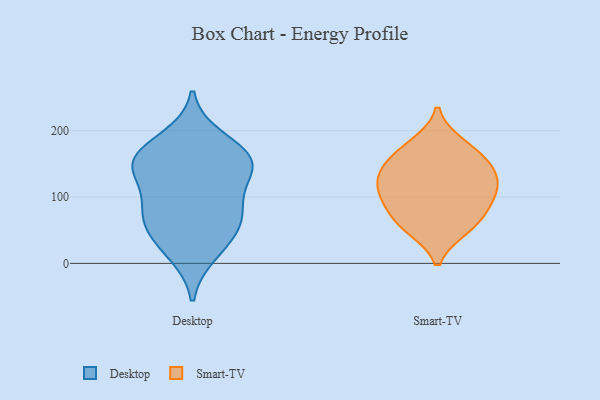
{"axis": {"x": "Bounce Rate (%)", "y": "Value"}, "legend": ["Desktop", "Smart-TV"], "data": [{"x": "", "y": 150, "type": "Desktop"}, {"x": "", "y": 148, "type": "Desktop"}, {"x": "", "y": 96, "type": "Desktop"}, {"x": "", "y": 16, "type": "Desktop"}, {"x": "", "y": 72, "type": "Desktop"}, {"x": "", "y": 35, "type": "Desktop"}, {"x": "", "y": 156, "type": "Desktop"}, {"x": "", "y": 187, "type": "Desktop"}, {"x": "", "y": 60, "type": "Desktop"}, {"x": "", "y": 77, "type": "Desktop"}, {"x": "", "y": 144, "type": "Desktop"}, {"x": "", "y": 157, "type": "Desktop"}, {"x": "", "y": 149, "type": "Smart-TV"}, {"x": "", "y": 57, "type": "Smart-TV"}, {"x": "", "y": 135, "type": "Smart-TV"}, {"x": "", "y": 53, "type": "Smart-TV"}, {"x": "", "y": 108, "type": "Smart-TV"}, {"x": "", "y": 110, "type": "Smart-TV"}, {"x": "", "y": 95, "type": "Smart-TV"}, {"x": "", "y": 166, "type": "Smart-TV"}, {"x": "", "y": 75, "type": "Smart-TV"}, {"x": "", "y": 131, "type": "Smart-TV"}, {"x": "", "y": 179, "type": "Smart-TV"}]}